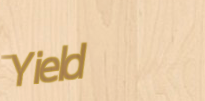
Yield